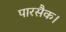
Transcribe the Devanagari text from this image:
पारसैक।